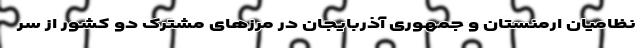
نظامیان ارمنستان و جمهوری آذربایجان در مرزهای مشترک دو کشور از سر